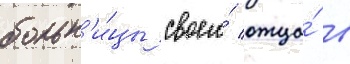
больн'и́цы своего́ отца́ в